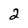
Character: 2